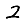
Digit: 2